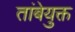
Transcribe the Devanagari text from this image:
तांबेयुक्त